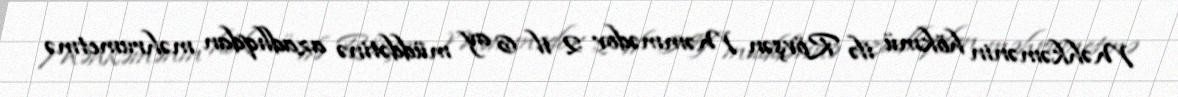
Məhkəmənin hökmü ilə Rövşən Məmmədov 2 il 6 ay müddətinə azadlıqdan məhrumetmə